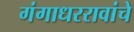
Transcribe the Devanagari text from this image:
गंगाधररावांचे